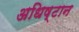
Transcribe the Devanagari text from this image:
अधिष्टान